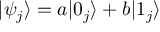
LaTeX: | \psi _ { j } \rangle = a | 0 _ { j } \rangle + b | 1 _ { j } \rangle